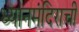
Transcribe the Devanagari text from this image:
ध्यानमंदिराची